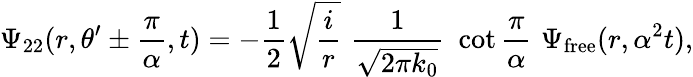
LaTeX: \Psi_{22}(r,\theta^{\prime}\pm{\frac{\pi}{\alpha}},t)=-{\frac{1}{2}}\sqrt{{\frac{i}{r}}}\, \, {\frac{1}{\sqrt{2\pi k_{0}}}}\, \, \cot{\frac{\pi}{\alpha}}\, \, \Psi_{\mathrm{{free}}}(r,\alpha^{2}t),